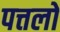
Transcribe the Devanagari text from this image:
पत्तलों